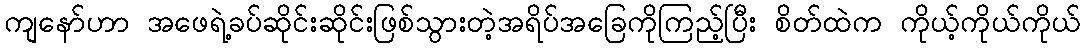
ကျနော်ဟာ အဖေရဲ့ခပ်ဆိုင်းဆိုင်းဖြစ်သွားတဲ့အရိပ်အခြေကိုကြည့်ပြီး စိတ်ထဲက ကိုယ့်ကိုယ်ကိုယ်